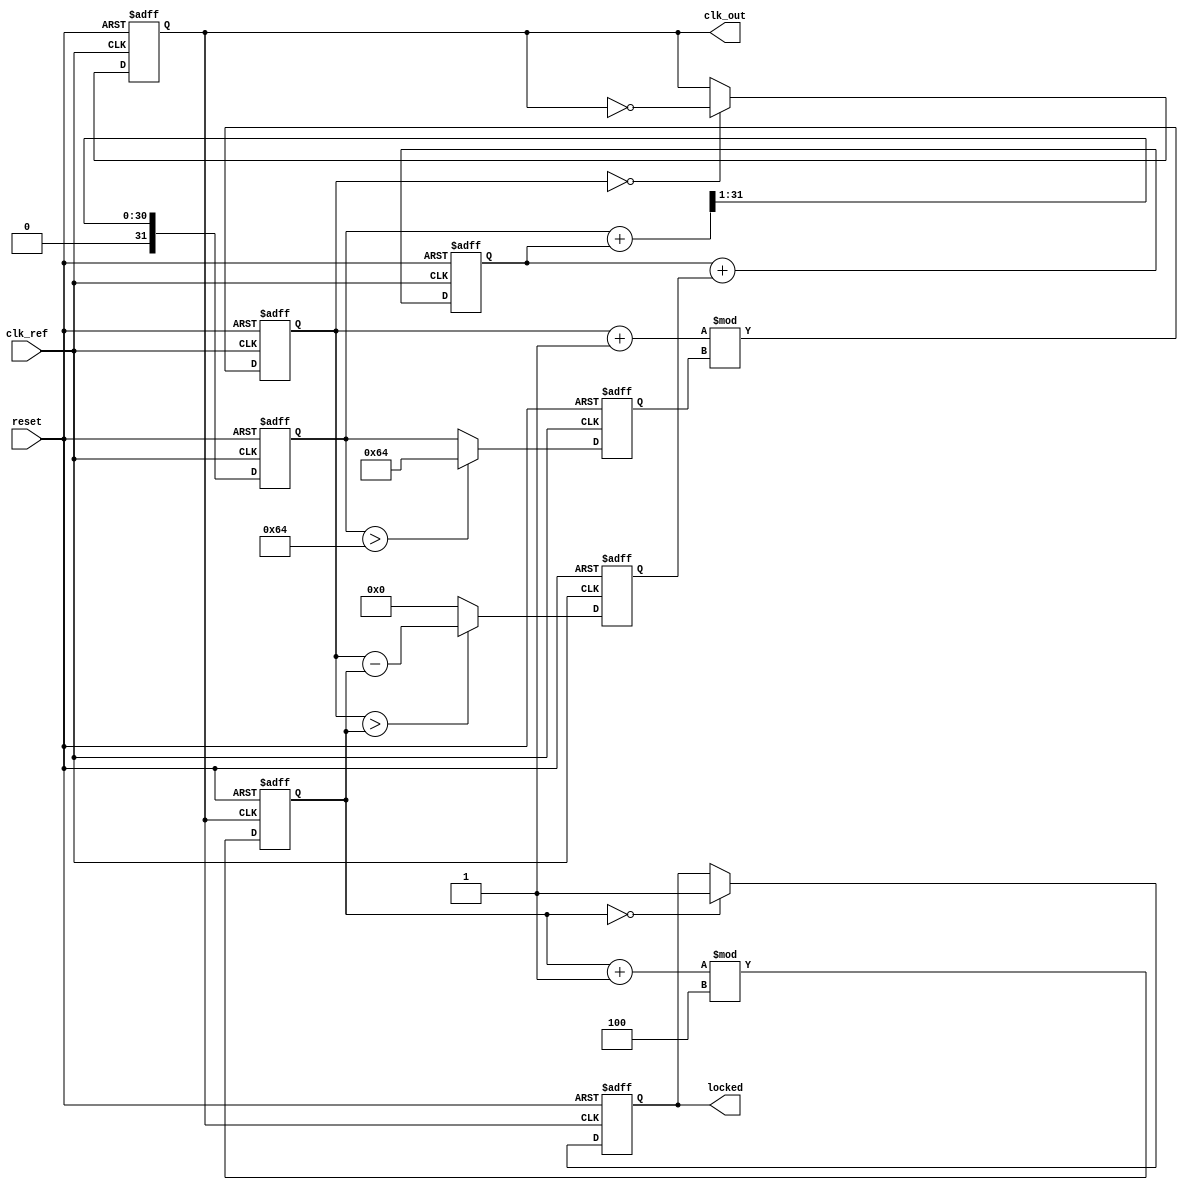
module PLL (
    input wire clk_ref,           // Reference clock input
    input wire reset,             // Reset signal
    output reg clk_out,           // Output clock
    output reg locked             // Lock status
);

    // Parameters
    parameter DIV_FACTOR = 4;     // Frequency divider factor
    parameter VCO_MAX_FREQ = 100; // Maximum VCO frequency (arbitrary units)
    
    // Internal signals
    reg [31:0] phase_error;        // Phase error signal
    reg [31:0] control_voltage;     // Control voltage from charge pump
    reg [31:0] vco_freq;           // VCO frequency
    reg [31:0] vco_counter;        // VCO counter for output clock
    reg [31:0] divider_counter;    // Divider counter
    reg [31:0] loop_filter;        // Loop filter output

    // Phase Detector (PD)
    always @(posedge clk_ref or posedge reset) begin
        if (reset) begin
            phase_error <= 0;
        end else begin
            // Simple phase comparison (placeholder logic)
            // In a real design, implement a proper phase detector
            phase_error <= (vco_counter > divider_counter) ? (vco_counter - divider_counter) : 0;
        end
    end

    // Charge Pump
    always @(posedge clk_ref or posedge reset) begin
        if (reset) begin
            control_voltage <= 0;
        end else begin
            // Simple charge pump logic (placeholder)
            // Adjust control voltage based on phase error
            control_voltage <= control_voltage + phase_error; // Simplified
        end
    end

    // Loop Filter
    always @(posedge clk_ref or posedge reset) begin
        if (reset) begin
            loop_filter <= 0;
        end else begin
            // Simple low-pass filter (placeholder)
            loop_filter <= (loop_filter + control_voltage) >> 1; // Averaging
        end
    end

    // Voltage-Controlled Oscillator (VCO)
    always @(posedge clk_ref or posedge reset) begin
        if (reset) begin
            vco_freq <= 0;
            vco_counter <= 0;
            clk_out <= 0;
        end else begin
            // Update VCO frequency based on control voltage
            vco_freq <= (loop_filter > VCO_MAX_FREQ) ? VCO_MAX_FREQ : loop_filter;
            vco_counter <= (vco_counter + 1) % vco_freq;

            // Generate output clock
            clk_out <= (vco_counter == 0) ? ~clk_out : clk_out;
        end
    end

    // Frequency Divider
    always @(posedge clk_out or posedge reset) begin
        if (reset) begin
            divider_counter <= 0;
            locked <= 0;
        end else begin
            divider_counter <= (divider_counter + 1) % DIV_FACTOR;
            if (divider_counter == 0) begin
                locked <= 1; // Indicate locked state
            end
        end
    end

endmodule